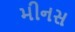
મીનસ